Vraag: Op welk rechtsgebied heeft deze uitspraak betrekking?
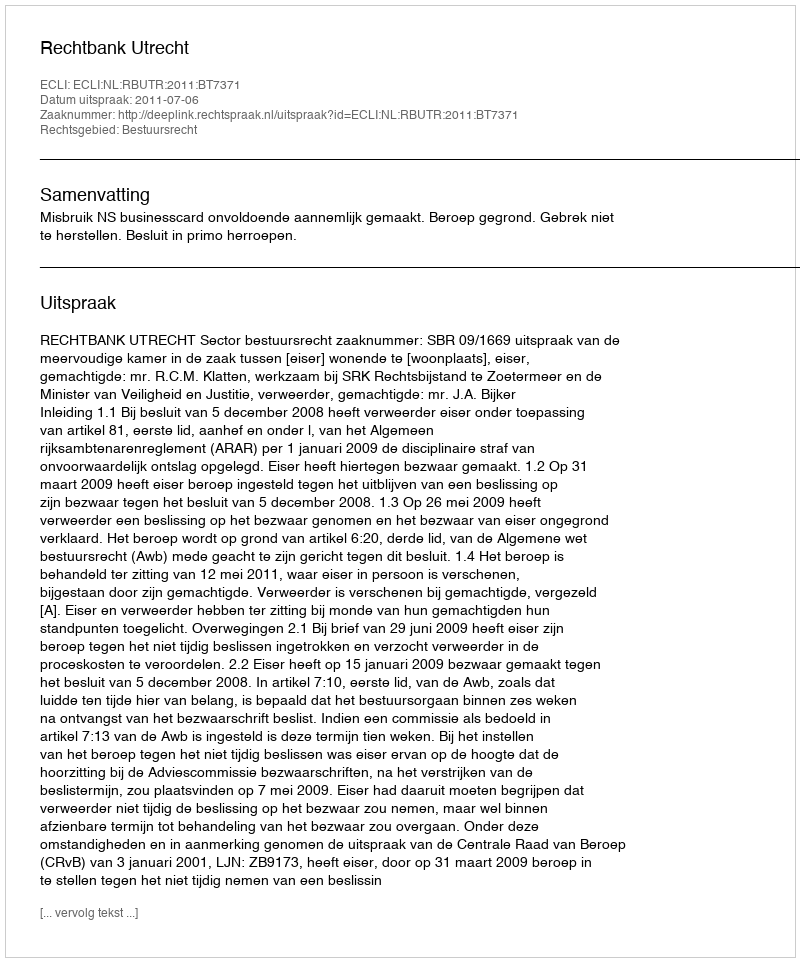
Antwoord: Bestuursrecht